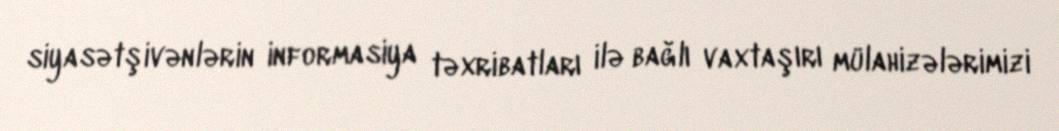
siyasətşivənlərin informasiya təxribatları ilə bağlı vaxtaşırı mülahizələrimizi